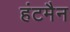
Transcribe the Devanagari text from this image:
हंटमैन